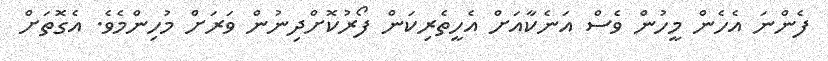
ފެންނަ އެހެން މީހުން ވެސް އަނެކާއަށް އެހީތެރިކަން ފޯރުކޮށްދިނުން ވަރަށް މުހިންމެވެ. އެގޮތަށް